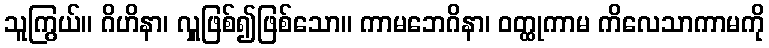
သူကြွယ်။ ဂိဟိနာ၊ လှူဖြစ်၍ဖြစ်သော။ ကာမဘေဂိနာ၊ ဝတ္ထုကာမ ကိလေသာကာမကို